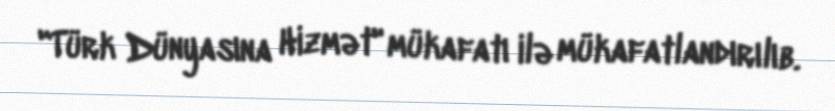
"Türk Dünyasına Hizmət" mükafatı ilə mükafatlandırılıb.